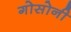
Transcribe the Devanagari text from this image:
गोसोनी